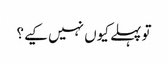
تو پہلے کیوں نہیں کیے؟